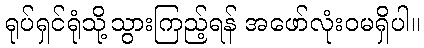
ရုပ်ရှင်ရုံသို့သွားကြည့်ရန် အဖော်လုံးဝမရှိပါ။